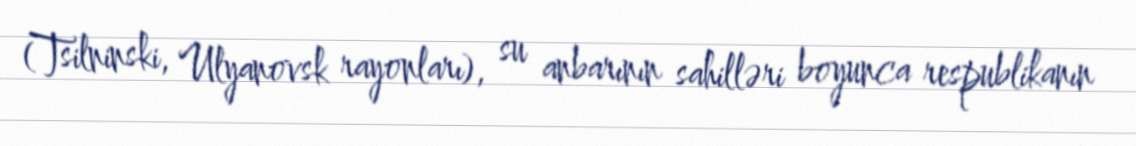
(Tsilninski, Ulyanovsk rayonları), su anbarının sahilləri boyunca respublikanın